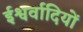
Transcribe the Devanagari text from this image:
ईश्वर्वादियों